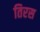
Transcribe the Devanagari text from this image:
तिरस